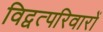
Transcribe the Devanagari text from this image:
विद्वत्परिवारों